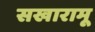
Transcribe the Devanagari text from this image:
सखारामू